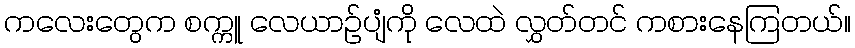
ကလေးတွေက စက္ကူ လေယာဉ်ပျံကို လေထဲ လွှတ်တင် ကစားနေကြတယ်။